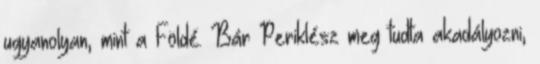
ugyanolyan, mint a Földé. Bár Periklész meg tudta akadályozni,